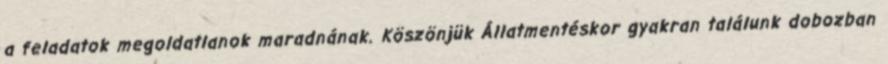
a feladatok megoldatlanok maradnának. Köszönjük Állatmentéskor gyakran találunk dobozban